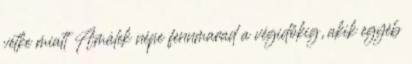
vétke miatt Amálek népe fennmarad a végidőkig, akik egyéb